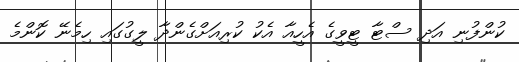
ކުންފުނި އަދި ސްޓާ ޓީވީގެ އެހީއާ އެކު ކުރިއަށްގެންދާ ލީގުގައި ހިމެނޭ ކޮންމެ